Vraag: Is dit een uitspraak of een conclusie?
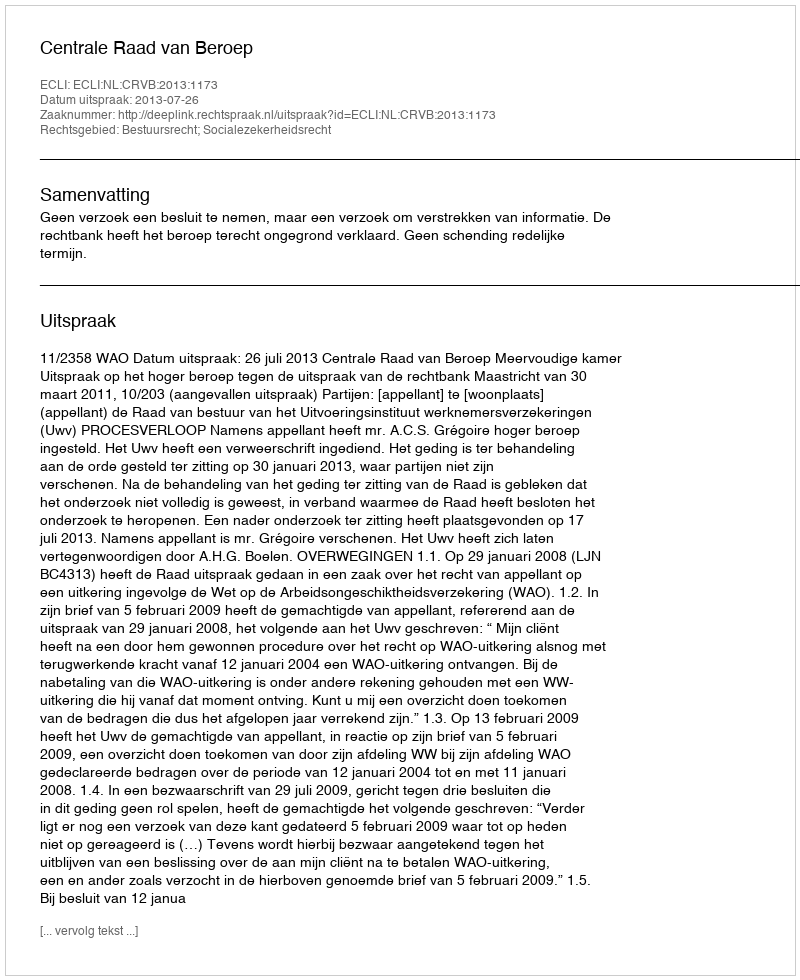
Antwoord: Uitspraak